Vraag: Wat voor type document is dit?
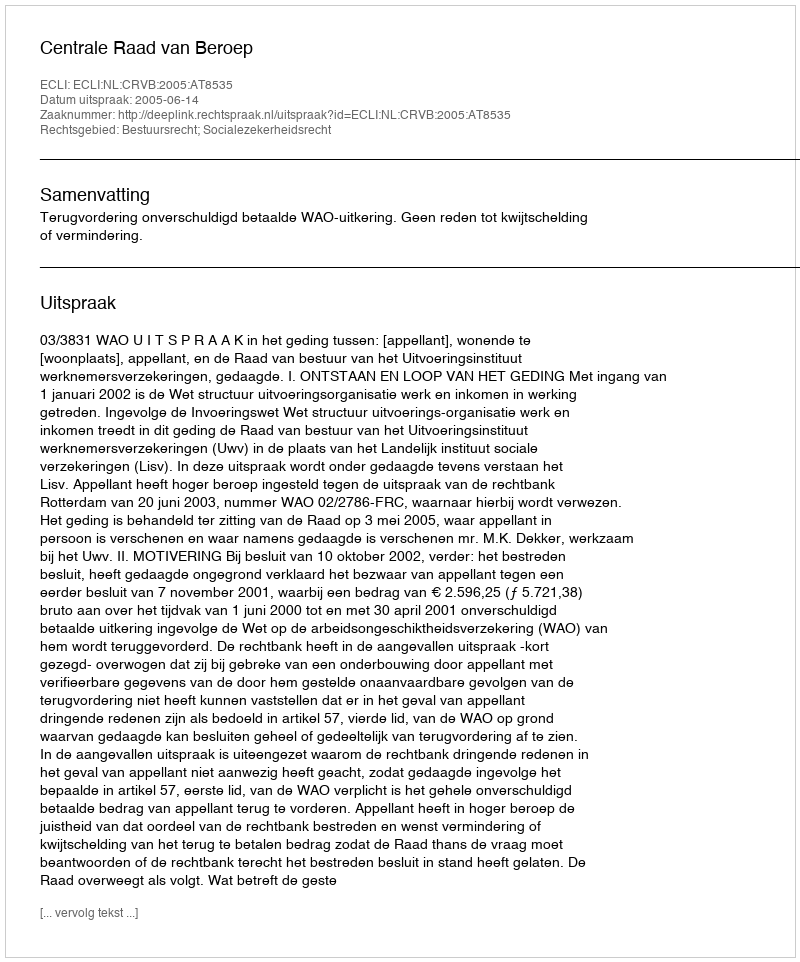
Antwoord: Uitspraak